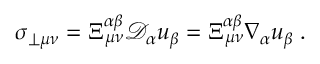
\sigma _ { \perp \mu \nu } = \Xi _ { \mu \nu } ^ { \alpha \beta } \mathcal { D } _ { \alpha } u _ { \beta } = \Xi _ { \mu \nu } ^ { \alpha \beta } \nabla _ { \alpha } u _ { \beta } \; .